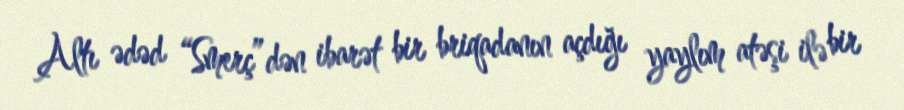
Altı ədəd “Smerç”dən ibarət bir briqadanın açdığı yaylım atəşi ilə bir